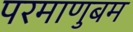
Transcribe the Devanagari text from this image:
परमाणुबम